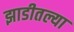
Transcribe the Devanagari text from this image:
झाडीतल्या